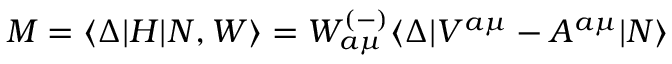
M = \langle \Delta | H | N , W \rangle = W _ { a \mu } ^ { ( - ) } \langle \Delta | V ^ { a \mu } - A ^ { a \mu } | N \rangle